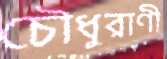
চৌধুরাণী